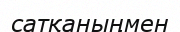
сатқаныңмен